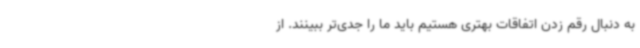
به دنبال رقم زدن اتفاقات بهتری هستیم باید ما را جدی‌تر ببینند. از